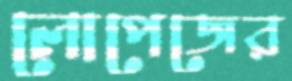
লোপেজের